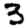
Digit: 3